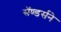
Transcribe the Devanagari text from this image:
सॅण्डर्सने